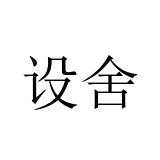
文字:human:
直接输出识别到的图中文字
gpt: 设舍